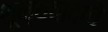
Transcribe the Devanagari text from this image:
शून्यवादाचे